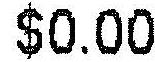
$0.00